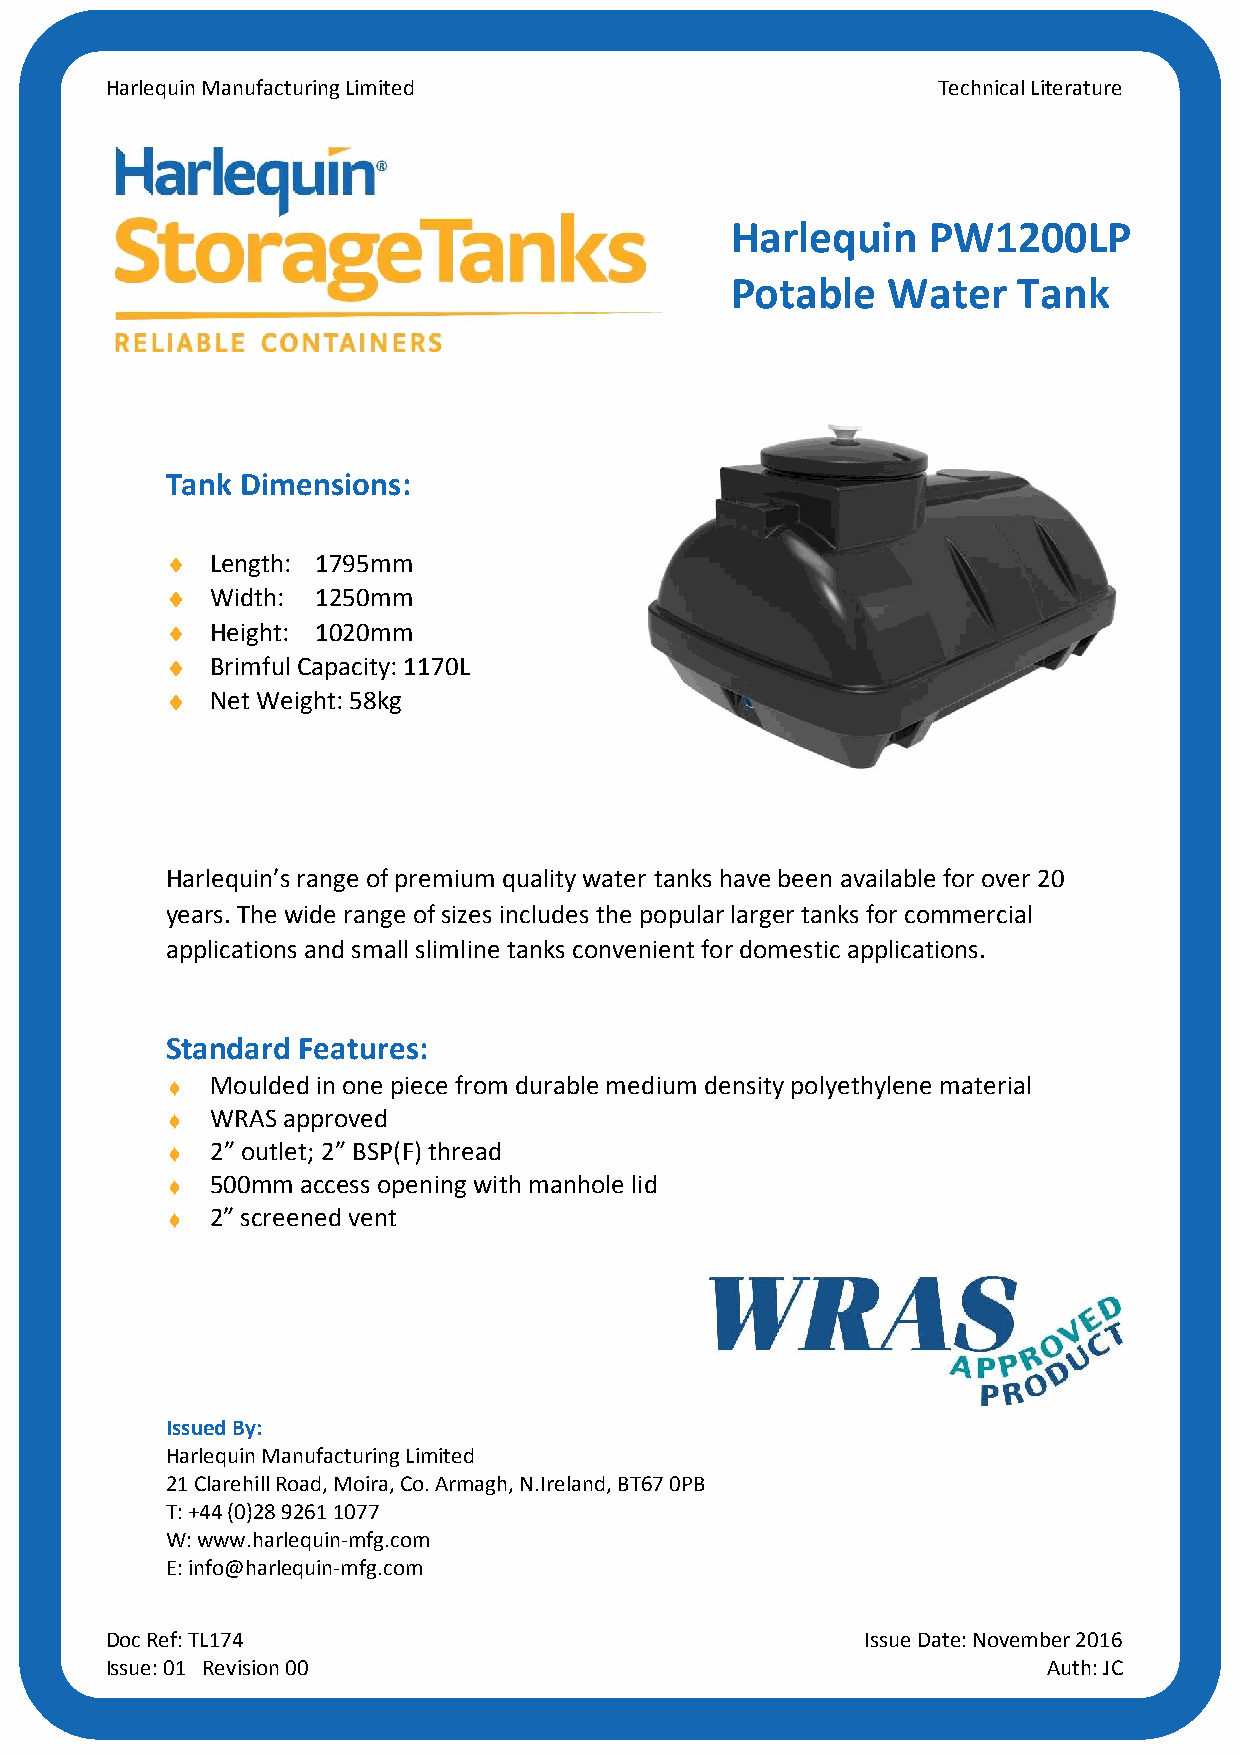
Harlequin Manufacturing Limited                        Technical Literature
 Harlequin    PW1200LP
 Potable    Water   Tank
 Tank Dimensions:
 ¤ ¤¤¤ Length: 1795mm
 ¤ ¤¤¤ Width: 1250mm
 ¤ ¤¤¤ Height: 1020mm
 ¤ ¤¤¤ Brimful Capacity: 1170L
 ¤ ¤¤¤ Net Weight: 58kg
 Harlequin’s range of premium quality water tanks have been available for over 20
 years. The wide range of sizes includes the popular larger tanks for commercial
 applications and small slimline tanks convenient for domestic applications.
 Standard Features:
 ¤ ¤¤¤ Moulded in one piece from durable medium density polyethylene material
 ¤ ¤¤¤ WRAS approved
 ¤ ¤¤¤ 2” outlet; 2” BSP(F) thread
 ¤ ¤¤¤ 500mm access opening with manhole lid
 ¤ ¤¤¤ 2” screened vent
 Issued By:
 Harlequin Manufacturing Limited
 21 Clarehill Road, Moira, Co. Armagh, N.Ireland, BT67 0PB
 T: +44 (0)28 9261 1077
 W: www.harlequin-mfg.com
 E: info@harlequin-mfg.com
 Doc Ref: TL174                                    Issue Date: November 2016
 Issue: 01 Revision 00                                         Auth: JC